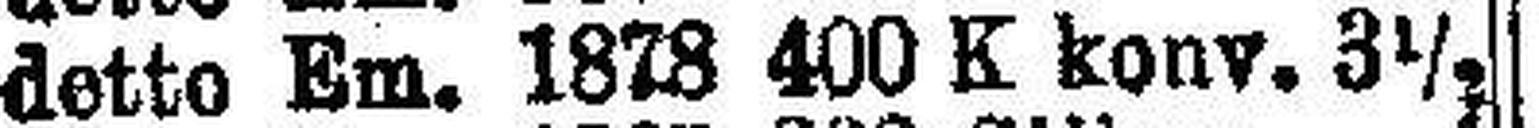
detto Em. 1878 400 K konv. 3½